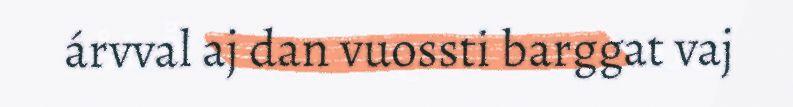
árvval aj dan vuossti barggat vaj